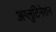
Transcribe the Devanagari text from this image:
अग्लुटिनेशन